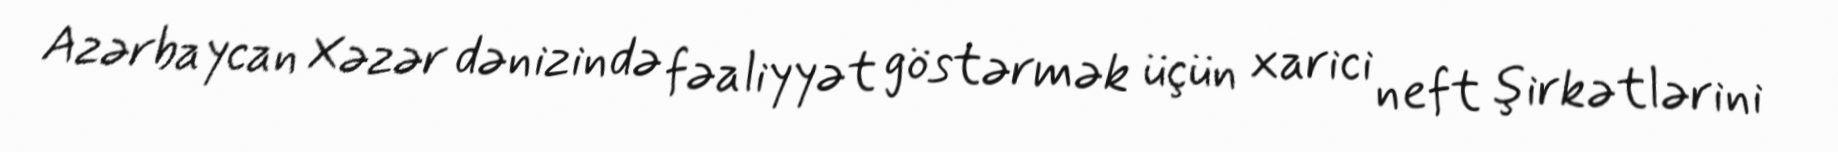
Azərbaycan Xəzər dənizində fəaliyyət göstərmək üçün xarici neft şirkətlərini